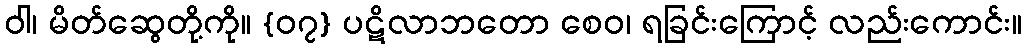
ဝါ၊ မိတ်ဆွေတို့ကို။ {၀၇} ပဋိလာဘတော စေဝ၊ ရခြင်းကြောင့် လည်းကောင်း။